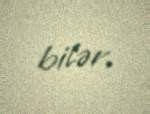
bilər.